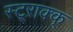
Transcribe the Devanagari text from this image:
स्ट्ऱाक्क्